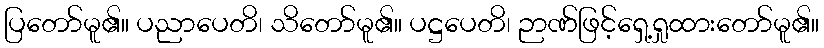
ပြတော်မူ၏။ ပညာပေတိ၊ သိတော်မူ၏။ ပဋ္ဌပေတိ၊ ဉာဏ်ဖြင့်ရှေ့ရှုထားတော်မူ၏။